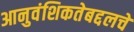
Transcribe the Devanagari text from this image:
आनुवंशिकतेबद्दलचे